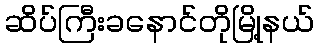
ဆိပ်ကြီးခနောင်တိုမြို့နယ်